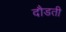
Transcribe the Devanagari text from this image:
दौडती